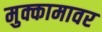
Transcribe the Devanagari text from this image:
मुक्कामावर